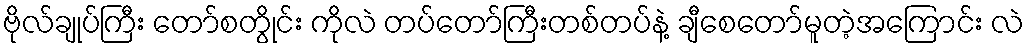
ဗိုလ်ချုပ်ကြီး တော်စတွိုင်း ကိုလဲ တပ်တော်ကြီးတစ်တပ်နဲ့ ချီစေတော်မူတဲ့အကြောင်း လဲ